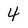
Character: 4